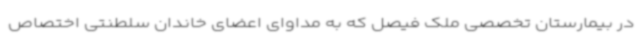
در بیمارستان تخصصی ملک فیصل که به مداوای اعضای خاندان سلطنتی اختصاص